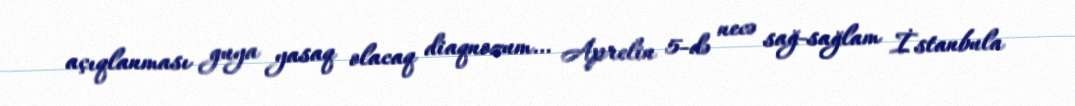
açıqlanması guya yasaq olacaq diaqnozum… Aprelin 5-də necə sağ-sağlam İstanbula